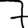
Digit: 7